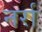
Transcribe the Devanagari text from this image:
नर्रा